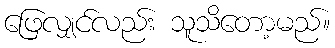
ဖြေလျှင်လည်း သူသိတော့မည်။